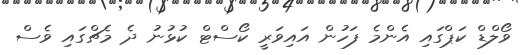
ވޯލްޑް ކަޕްގައި އެންމެ ފަހުން އައިވަރީ ކޯސްޓް ކުޅުނު ދެ މެޗްގައި ވެސް